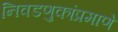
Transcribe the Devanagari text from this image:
निवडणुकांप्रमाणे